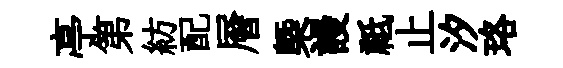
亭第紡配層㮣謾祗止汐珞